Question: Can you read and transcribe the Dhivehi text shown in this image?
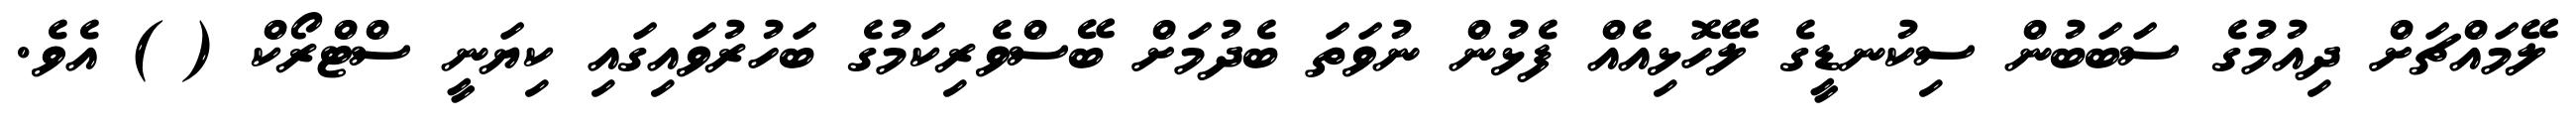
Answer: ލޭމައްޗަށް ދިއުމުގެ ސަބަބުން ސިކުނޑީގެ ލޭހޮޅިއެއް ފެޅުން ނުވަތަ ބެދުމަށް ބޭސްވެރިކަމުގެ ބަހުރުވައިގައި ކިޔަނީ ސްޓްރޯކް ( ) އެވެ.